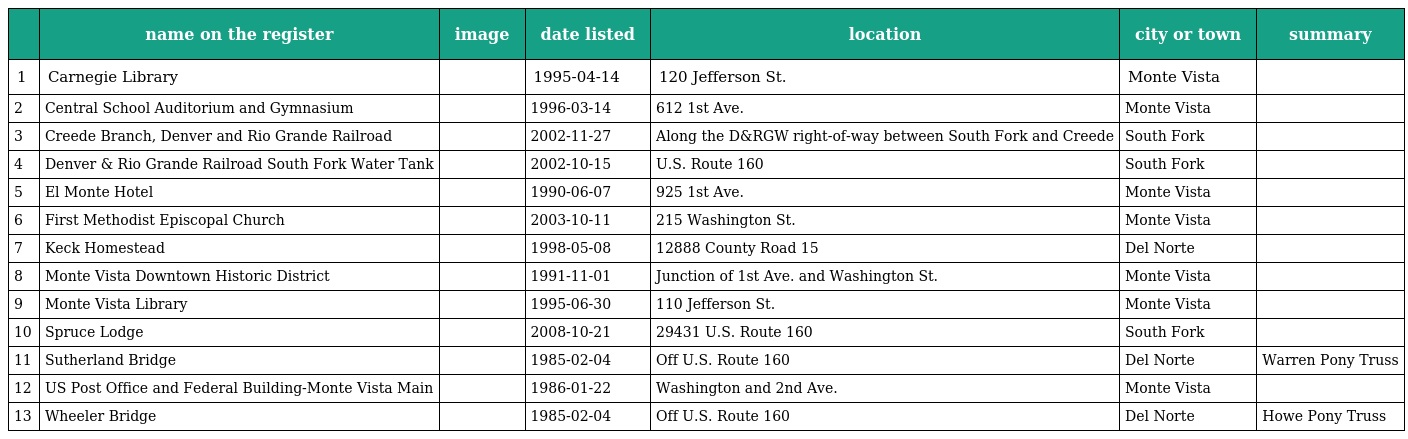
|  | name on the register | image | date listed | location | city or town | summary |
 | --- | --- | --- | --- | --- | --- | --- |
 | 1 | Carnegie Library |  | 1995-04-14 | 120 Jefferson St. | Monte Vista |  |
 | 2 | Central School Auditorium and Gymnasium |  | 1996-03-14 | 612 1st Ave. | Monte Vista |  |
 | 3 | Creede Branch, Denver and Rio Grande Railroad |  | 2002-11-27 | Along the D&RGW right-of-way between South Fork and Creede | South Fork |  |
 | 4 | Denver & Rio Grande Railroad South Fork Water Tank |  | 2002-10-15 | U.S. Route 160 | South Fork |  |
 | 5 | El Monte Hotel |  | 1990-06-07 | 925 1st Ave. | Monte Vista |  |
 | 6 | First Methodist Episcopal Church |  | 2003-10-11 | 215 Washington St. | Monte Vista |  |
 | 7 | Keck Homestead |  | 1998-05-08 | 12888 County Road 15 | Del Norte |  |
 | 8 | Monte Vista Downtown Historic District |  | 1991-11-01 | Junction of 1st Ave. and Washington St. | Monte Vista |  |
 | 9 | Monte Vista Library |  | 1995-06-30 | 110 Jefferson St. | Monte Vista |  |
 | 10 | Spruce Lodge |  | 2008-10-21 | 29431 U.S. Route 160 | South Fork |  |
 | 11 | Sutherland Bridge |  | 1985-02-04 | Off U.S. Route 160 | Del Norte | Warren Pony Truss |
 | 12 | US Post Office and Federal Building-Monte Vista Main |  | 1986-01-22 | Washington and 2nd Ave. | Monte Vista |  |
 | 13 | Wheeler Bridge |  | 1985-02-04 | Off U.S. Route 160 | Del Norte | Howe Pony Truss |